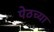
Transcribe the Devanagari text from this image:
पेठच्या